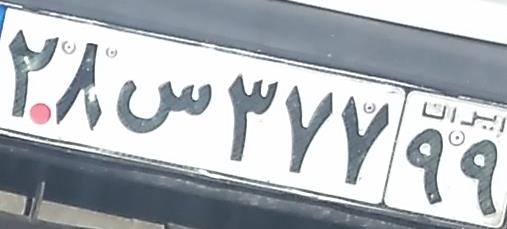
۲۸س۳۷۷۹۹